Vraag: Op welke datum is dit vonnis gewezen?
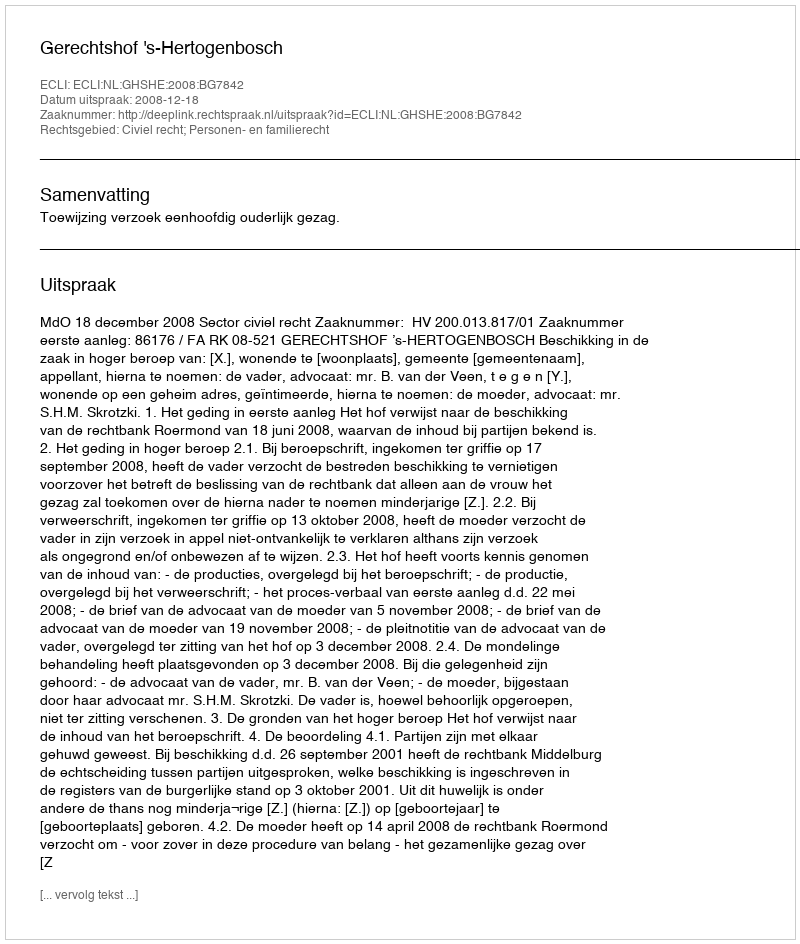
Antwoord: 2008-12-18